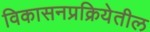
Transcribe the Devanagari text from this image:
विकासनप्रक्रियेतील